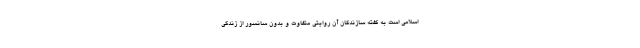
اسلامی است به گفته سازندگان آن روایتی متفاوت و بدون سانسور از زندگی